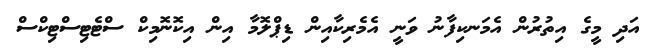
އަދި މީގެ އިތުރުން އެމަނކިފާނު ވަނީ އެމެރިކާއިން ޑިޕްލޮމާ އިން އިކޮނޮމިކް ސްޓެޓިސްޓިކްސް